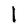
Character: l